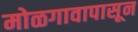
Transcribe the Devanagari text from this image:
मोळगावापासून